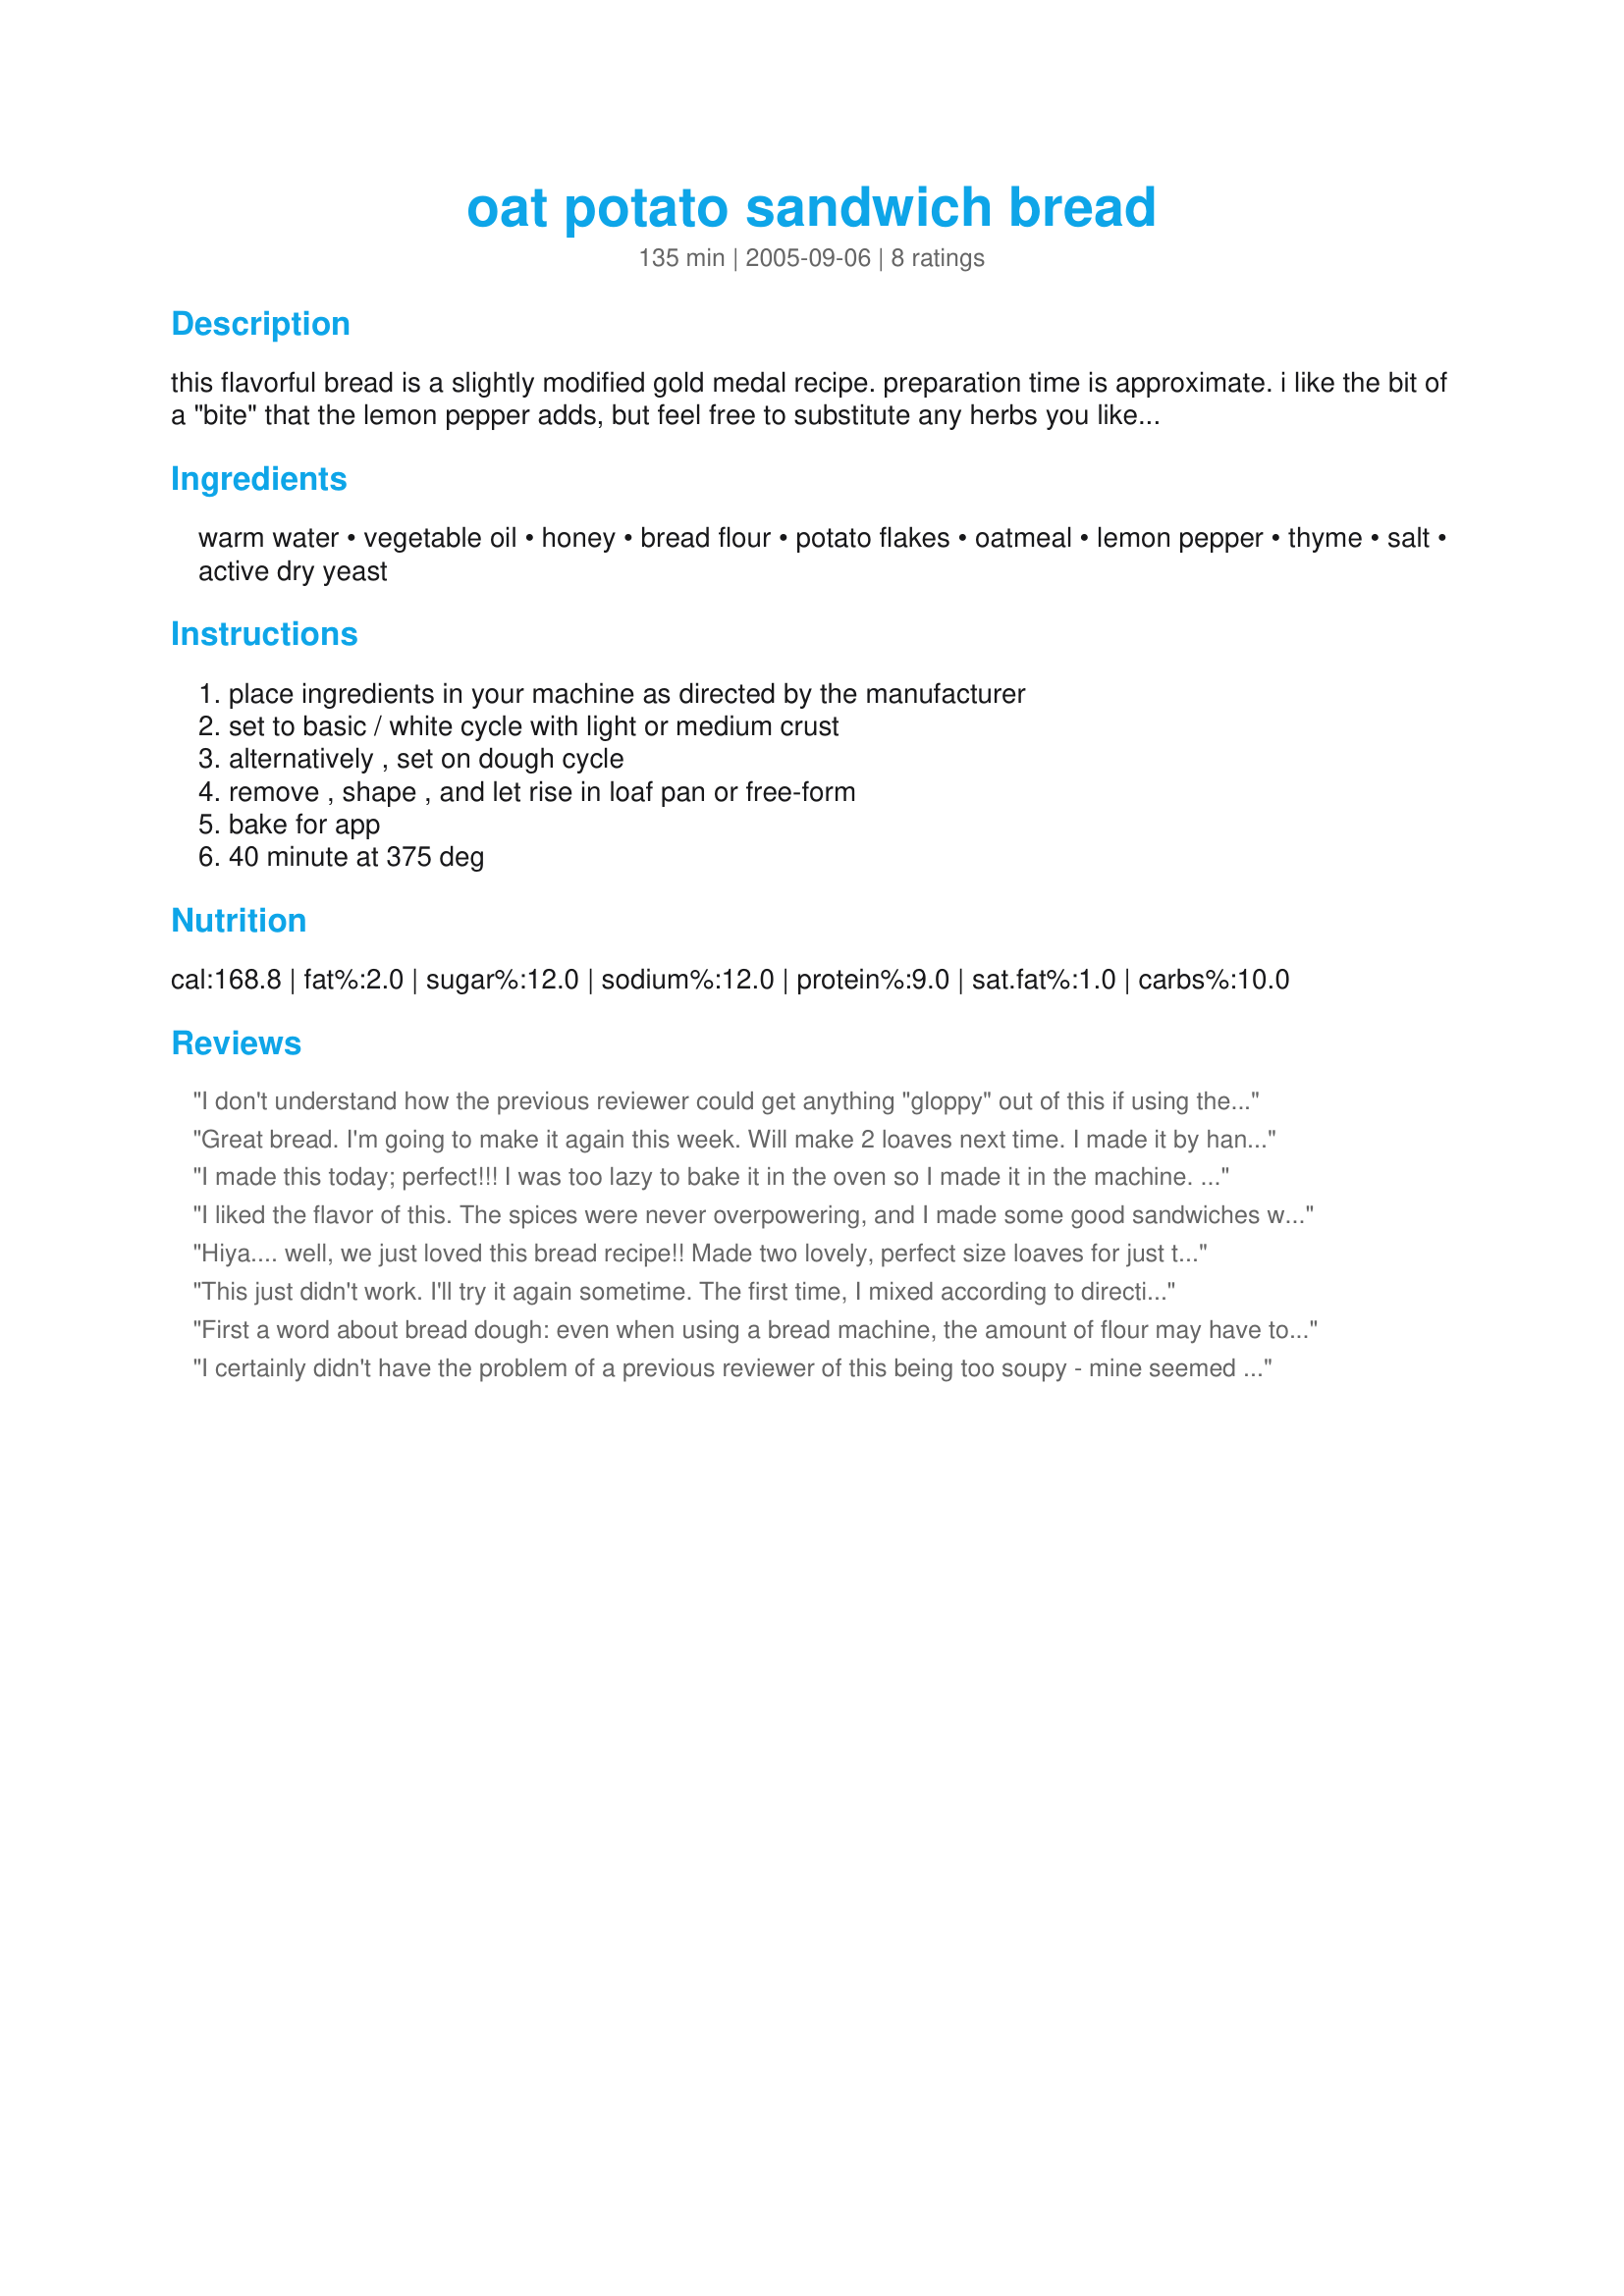
oat potato sandwich bread
Preparation time: 135 minutes

this flavorful bread is a slightly modified gold medal recipe. preparation time is approximate. i like the bit of a "bite" that the lemon pepper adds, but feel free to substitute any herbs you like. double amounts if using fresh herbs. i usually bake this as rolls or baguettes for sandwiches.

Ingredients:
warm water, vegetable oil, honey, bread flour, potato flakes, oatmeal, lemon pepper, thyme, salt, active dry yeast

Steps:
place ingredients in your machine as directed by the manufacturer, set to basic / white cycle with light or medium crust, alternatively , set on dough cycle, remove , shape , and let rise in loaf pan or free-form, bake for app, 40 minute at 375 deg

Reviews:
I don't understand how the previous reviewer could get anything "gloppy" out of this if using the ingredients AND amounts as written. Mine turned out perfect. Very tasty also! I used the bread machine for kneading and did the rising and baking manually. Went great with chicken soup and sliced nicely for sandwiches.
Great bread. I'm going to make it again this week. Will make 2 loaves next time. I made it by hand. Duonte gave me some tips in the forums for that. "often the yeast in a bit of water with a pinch of sugar and a tsp of flour. Mix and put in warm place until it foams up. In the meantime, stir together all the dry ingredients. When the yeast foams up, mix it together with the wet ingredients. Place about 1/3 of your dry ingredients in the bowl, add half the liquid, and stir hard or mix with mixer. Add another third of the dry and remaining wet, and continue mixing. Change to dough hook if you are using machine, add the remaining dry ingredients. If doing by hand, you will probably turn out and knead in the remaining dry. Knead for 10 minutes of so until the dough is silky in texture. Place in greased bowl, turn to grease top, cover and let rise. This generally takes an hour or so, but depends on warmth of kitchen, etc. Gently punch down and shape as desired. Let rise again. Bake at 375 deg. for about 40 minutes." I did use 1 cup of whole wheat flour and 2 cups white. I liked the flavor the lemon pepper and thyme gave the bread. Nice texture. In fact, mine was a teensy bit crumbly, so I think I might use a touch less flour next time, or increase the water. It was hard to incorporate all the flour. Works great as toast, and also used it for tuna sandwiches for lunch today. Thanks!
I made this today; perfect!!!
I was too lazy to bake it in the oven so I made it in the machine.
It reached the top of the machine.
I took a couple of pictures.
I didn't know if I should include them because it didn't come out perfect.Thank you for sharing.
Rita
I liked the flavor of this. The spices were never overpowering, and I made some good sandwiches with this bread. I didn't use a bread machine, but I bake bread pretty often, and I found the texture to be a bit odd/too crumbly.
Hiya.... well, we just loved this bread recipe!! Made two lovely, perfect size loaves for just the two of us. Thanks for sharing... and your recipe is in our 'Bread' book! :) rickie
This just didn't work. I'll try it again sometime. 

The first time, I mixed according to directions but it was really soupy. I assumed that the oatmeal and potato flakes would absorb the extra moisture. I told the bread machine to do it's thing and it turned out a really gloppy mess, even though it did smell good. So the second time, I did it all by hand and added extra flour. It rose beautifully but it was still really sticky when I put it in the oven. I didn't dare knead it at all. Just punching it down got it all over my hands. It was very pretty when it came out. However it was very bland because of the extra flour (the kids are eating it just fine though). My major complaint was that it was really spongy and squishy when I took the loaf out of the pan.
First a word about bread dough: even when using a bread machine, the amount of flour may have to be adjusted due to many factors, including the weather and the age of your flour.<br/>However, my dough was neither sticky nor crumbly--it was perfect. This rose a lot, and I wish I'd split it into two loaves instead of one. It was delicious. I loved the seasonings. The crust was very crisp without being heavy, and the crumb was tender and had a rich flavor. This was a perfect bread for sandwiches, both fresh and toasted. We really enjoyed it with tuna. It also keeps well. I'll definitely make this again. Thanks for posting!
I certainly didn't have the problem of a previous reviewer of this being too soupy - mine seemed to have too much flour (I had to add a tablespoon or so of extra water during mixing) and turned out very, very dense. Also it reached the top of the machine and looked perfect, but when I cut into it I discovered there was a huge pocket of air right underneath the crust. It shouldn't be a yeast problem because I was using a brand new jar, so I'm wondering if the amount of yeast in the recipe could use a little adjusting. The taste, for us, was okay but nothing very special.
